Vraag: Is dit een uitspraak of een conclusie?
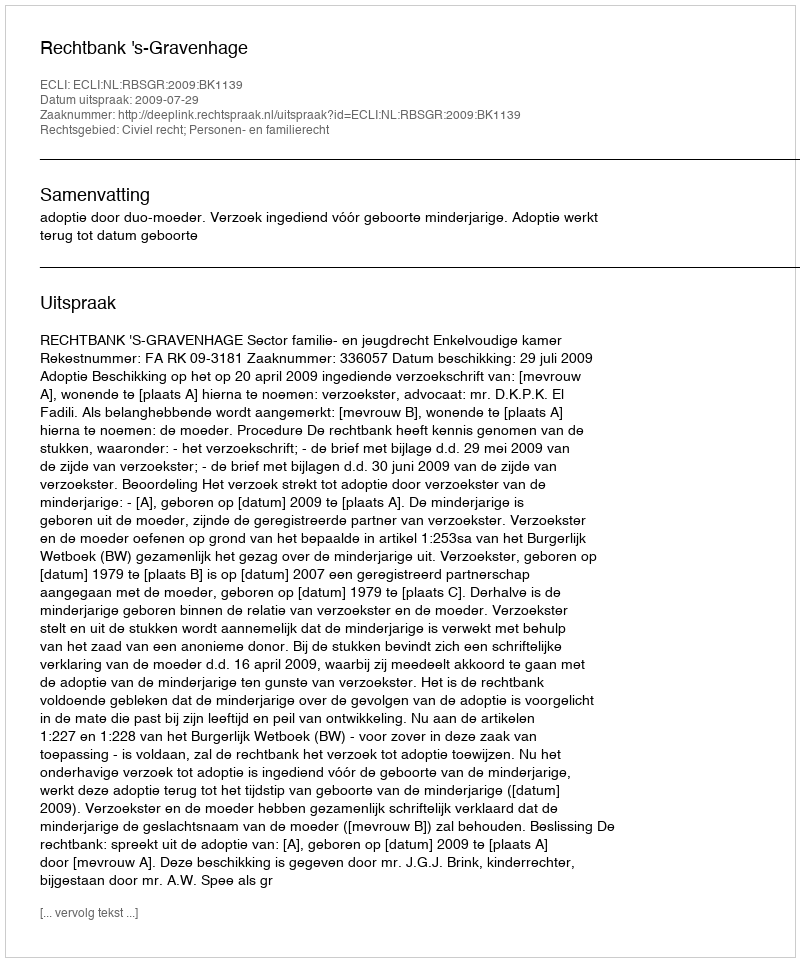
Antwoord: Uitspraak